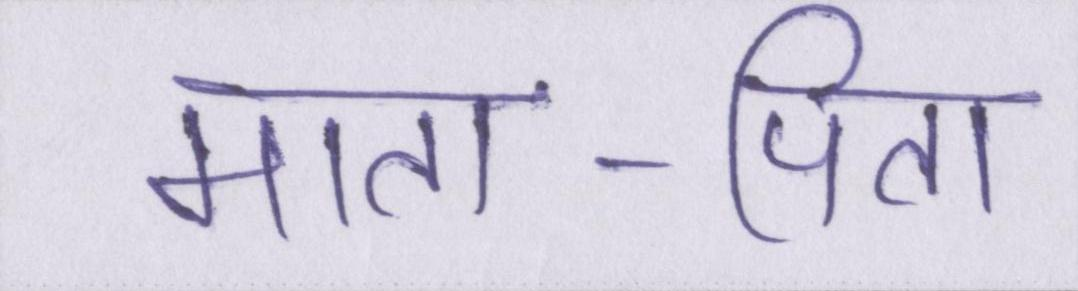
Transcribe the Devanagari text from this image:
माता-पिता